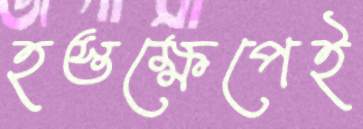
হস্তক্ষেপেই